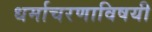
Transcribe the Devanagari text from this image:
धर्माचरणाविषयी